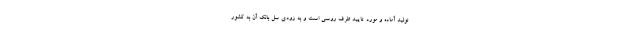
تولید آماده و مورد تایید طرف روسی است و به زودی سل بانک آن به کشور